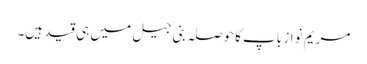
مریم نواز باپ کا حوصلہ بنی جیل میں ہی قید ہیں۔